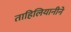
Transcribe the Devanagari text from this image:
ताहिलियानीने